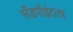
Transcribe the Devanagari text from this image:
सँडपॉइंटला